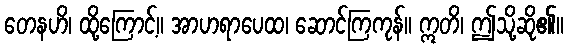
တေနဟိ၊ ထို့ကြောင့်။ အာဟရာပေထ၊ ဆောင်ကြကုန်။ ဣတိ၊ ဤသို့ဆို၏။